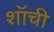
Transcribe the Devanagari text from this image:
शॉची